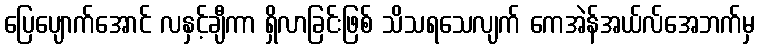
ပြေပျောက်အောင် လနှင့်ချီကာ ရှိလာခြင်းဖြစ် သိသရသေလျက် ကေအဲန်အယ်လ်အေဘက်မှ